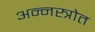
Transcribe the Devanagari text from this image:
अन्नस्त्रोत